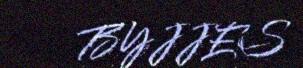
BYJJES